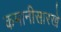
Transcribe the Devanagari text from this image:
कमानीसारखे